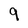
Character: 9